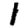
Digit: 1